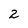
Character: 2